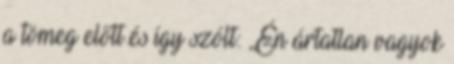
a tömeg előtt és így szólt: ,,Én ártatlan vagyok